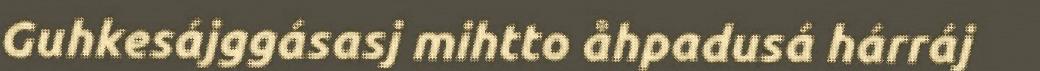
Guhkesájggásasj mihtto åhpadusá hárráj